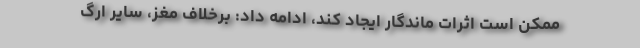
ممکن است اثرات ماندگار ایجاد کند، ادامه داد: برخلاف مغز، سایر ارگ